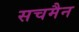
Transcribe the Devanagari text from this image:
सचमैन